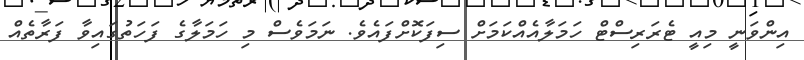
އިންވަނީ މިއީ ޓެރަރިސްޓް ހަމަލާއެއްކަމަށް ސިފަކޮށްފައެވެ. ނަމަވެސް މި ހަމަލާގެ ފަހަތުގައިވާ ފަރާތެއް